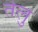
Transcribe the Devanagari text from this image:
तेलु